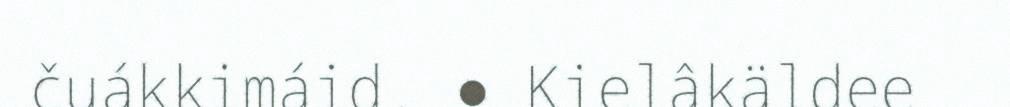
čuákkimáid. ● Kielâkäldee